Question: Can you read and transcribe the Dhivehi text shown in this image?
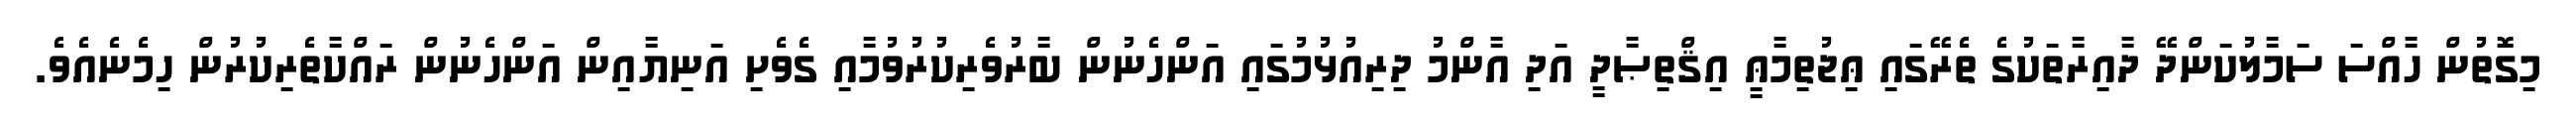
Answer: މިގޮތުން ހާއްސަ ސަމާލުކަންދޭ ދާއިރާތަކުގެ ތެރޭގައި ޢިޖުތިމާޢީ އިޤްތިޞާދީ އަދި އާންމު ދިރިއުޅުމުގައި އަންހެނުން ބާރުވެރިކުރުވުމާއި ގެވެށި އަނިޔާއިން އަންހެނުން ރައްކާތެރިކުރުން ހިމެނެއެވެ.